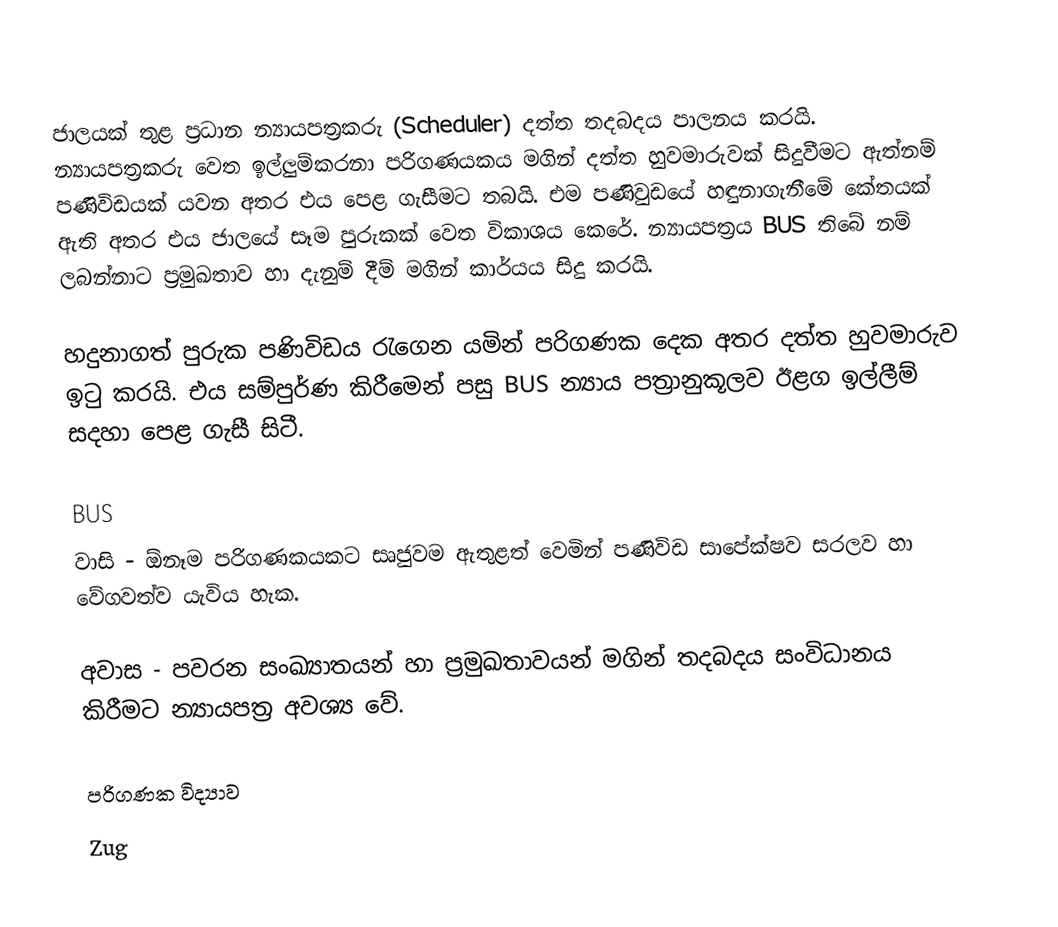
ජාලයක් තුළ ප්‍රධාන න්‍යායපත්‍රකරු (Scheduler) දත්ත තදබදය පාලනය කරයි.  න්‍යායපත්‍රකරු වෙත ඉල්ලුම්කරනා පරිගණයකය මගින් දත්ත හුවමාරුවක් සිදුවීමට ඇත්නම් පණිවිඩයක් යවන අතර එය පෙළ ගැසීමට තබයි. එම පණිවුඩයේ හඳුනාගැනීමේ කේතයක් ඇති අතර එය ‍ජාලයේ සෑම පුරුකක් වෙත විකාශය කෙරේ. න්‍යායපත්‍රය BUS   තිබේ නම් ලබන්නාට ප්‍රමුඛතාව හා දැනුම් දීම් මගින් කාර්යය සිදු කරයි.

හදුනාගත් පුරුක   පණිවිඩය රැගෙන යමින් පරිගණක දෙක අතර දත්ත හුවමාරුව ඉටු කරයි. එය සම්පුර්ණ කිරීමෙන් පසු BUS   න්‍යාය පත්‍රානුකූලව ඊළග ඉල්ලීම් සදහා පෙළ ගැසී සිටී.

BUS
වාසි    - 	ඕනෑම පරිගණකයකට සෘජුවම ඇතුළත් වෙමින් පණිවිඩ ‍සාපේක්ෂව සරලව හා වේගවත්ව යැවිය හැක.

අවාස  -	පවරන සංඛ්‍යාතයන් හා ප්‍රමුඛතාවයන් මගින් තදබදය සංවිධානය කිරීමට න්‍යායපත්‍ර අවශ්‍ය වේ.

පරිගණක විද්‍යාව
Zug